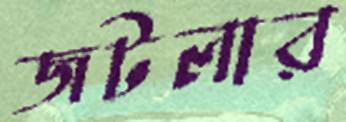
জটলার